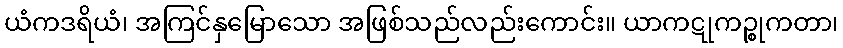
ယံကဒရိယံ၊ အကြင်နှမြောသော အဖြစ်သည်လည်းကောင်း။ ယာကဋုကဉ္စုကတာ၊